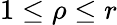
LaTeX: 1\le\rho\le r